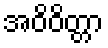
အဝိဝိတ္တာ